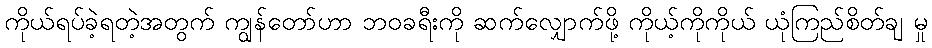
ကိုယ်ရပ်ခဲ့ရတဲ့အတွက် ကျွန်တော်ဟာ ဘဝခရီးကို ဆက်လျှောက်ဖို့ ကိုယ့်ကိုကိုယ် ယုံကြည်စိတ်ချ မှု